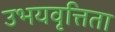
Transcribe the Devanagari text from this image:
उभयवृत्तिता